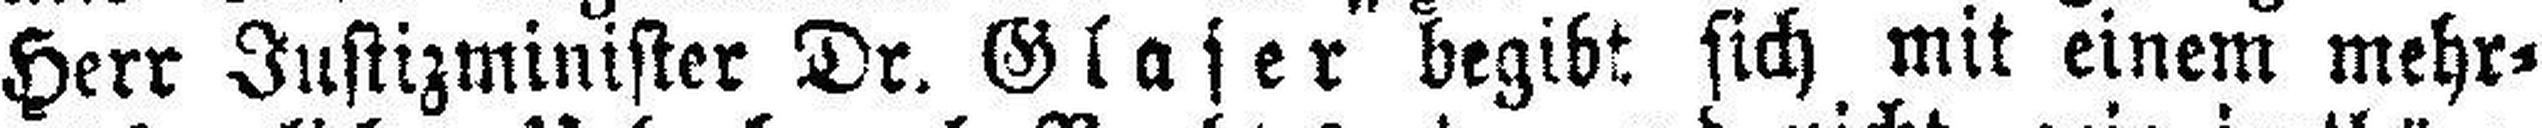
Herr Justizminister Dr. Glaser begibt sich mit einem mehr¬